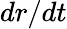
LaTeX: dr/dt